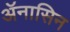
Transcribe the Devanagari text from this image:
ॲनासिन